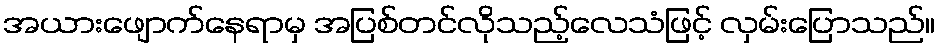
အယားဖျောက်နေရာမှ အပြစ်တင်လိုသည့်လေသံဖြင့် လှမ်းပြောသည်။